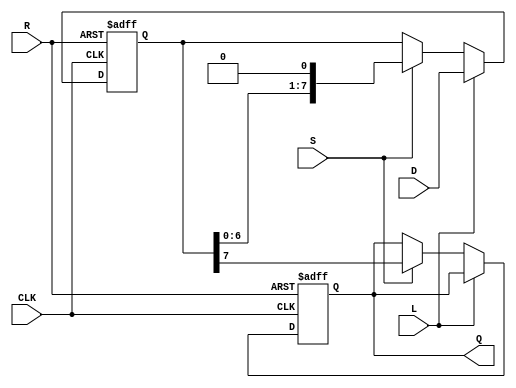
module PISO_Register #(
    parameter WIDTH = 8 // Define the width of the register
)(
    input wire [WIDTH-1:0] D, // Parallel data input
    input wire L,              // Load signal
    input wire S,              // Shift signal
    input wire CLK,            // Clock signal
    input wire R,              // Asynchronous reset
    output reg Q               // Serial output
);

    reg [WIDTH-1:0] R_reg;     // Internal register to hold loaded data
    integer i;                 // Loop index for shifting

    always @(posedge CLK or posedge R) begin
        if (R) begin
            // Asynchronous reset: clear the register
            R_reg <= {WIDTH{1'b0}}; // Clear the register to zero
            Q <= 1'b0;              // Clear the serial output
        end else if (L) begin
            // Load data into the register
            R_reg <= D;
        end else if (S) begin
            // Shift data out serially
            Q <= R_reg[WIDTH-1];    // Output the MSB
            // Shift the register left
            R_reg <= {R_reg[WIDTH-2:0], 1'b0}; // Shift left and fill LSB with 0
        end
    end

endmodule